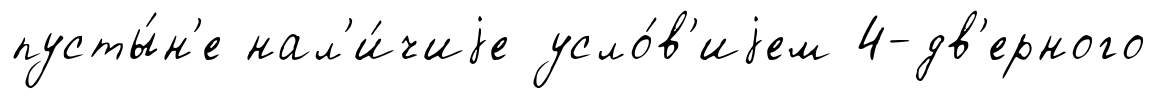
пусты́н'е нал'и́чиjе усло́в'иjем 4-дв'ерного